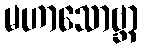
မဟာသောဗ္ဘာ